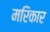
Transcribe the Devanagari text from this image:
मरिकार